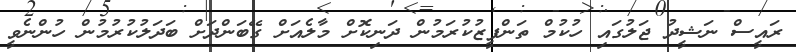
ރައީސް ނަޝީދު ޖަލުގައި ހުކުމް ތަންފީޒުކުރަމުން ދަނިކޮށް މާލެއަށް ގޭބަންދަށް ބަދަލުކުރުމުން ހުންނެވީ